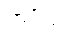
ကပ္ပိယာ